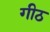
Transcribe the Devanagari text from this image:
गीठ